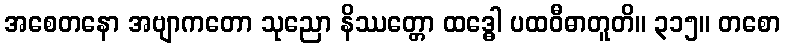
အစေတနော အဗျာကတော သုညော နိဿတ္တော ထဒ္ဓေါ ပထဝီဓာတူတိ။ ၃၁၅။ တစော